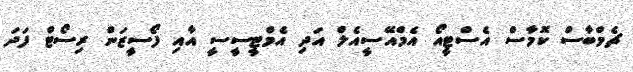
ޗެމްބާސް ކޮމާސް އެސްޓީއޯ އެމްއޭސީއެލް އަދި އެމްޓީސީސީ އާއި ފޯސީޒަން ރިސޯޓް ފަދަ